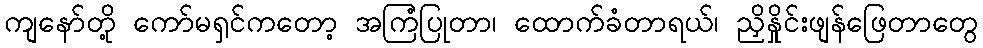
ကျနော်တို့ ကော်မရှင်ကတော့ အကြံပြုတာ၊ ထောက်ခံတာရယ်၊ ညှိနှိုင်းဖျန်ဖြေတာတွေ